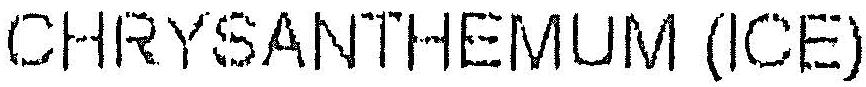
CHRYSANTHEMUM (ICE)